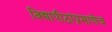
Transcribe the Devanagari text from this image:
विद्यापीठांप्रमाणेच